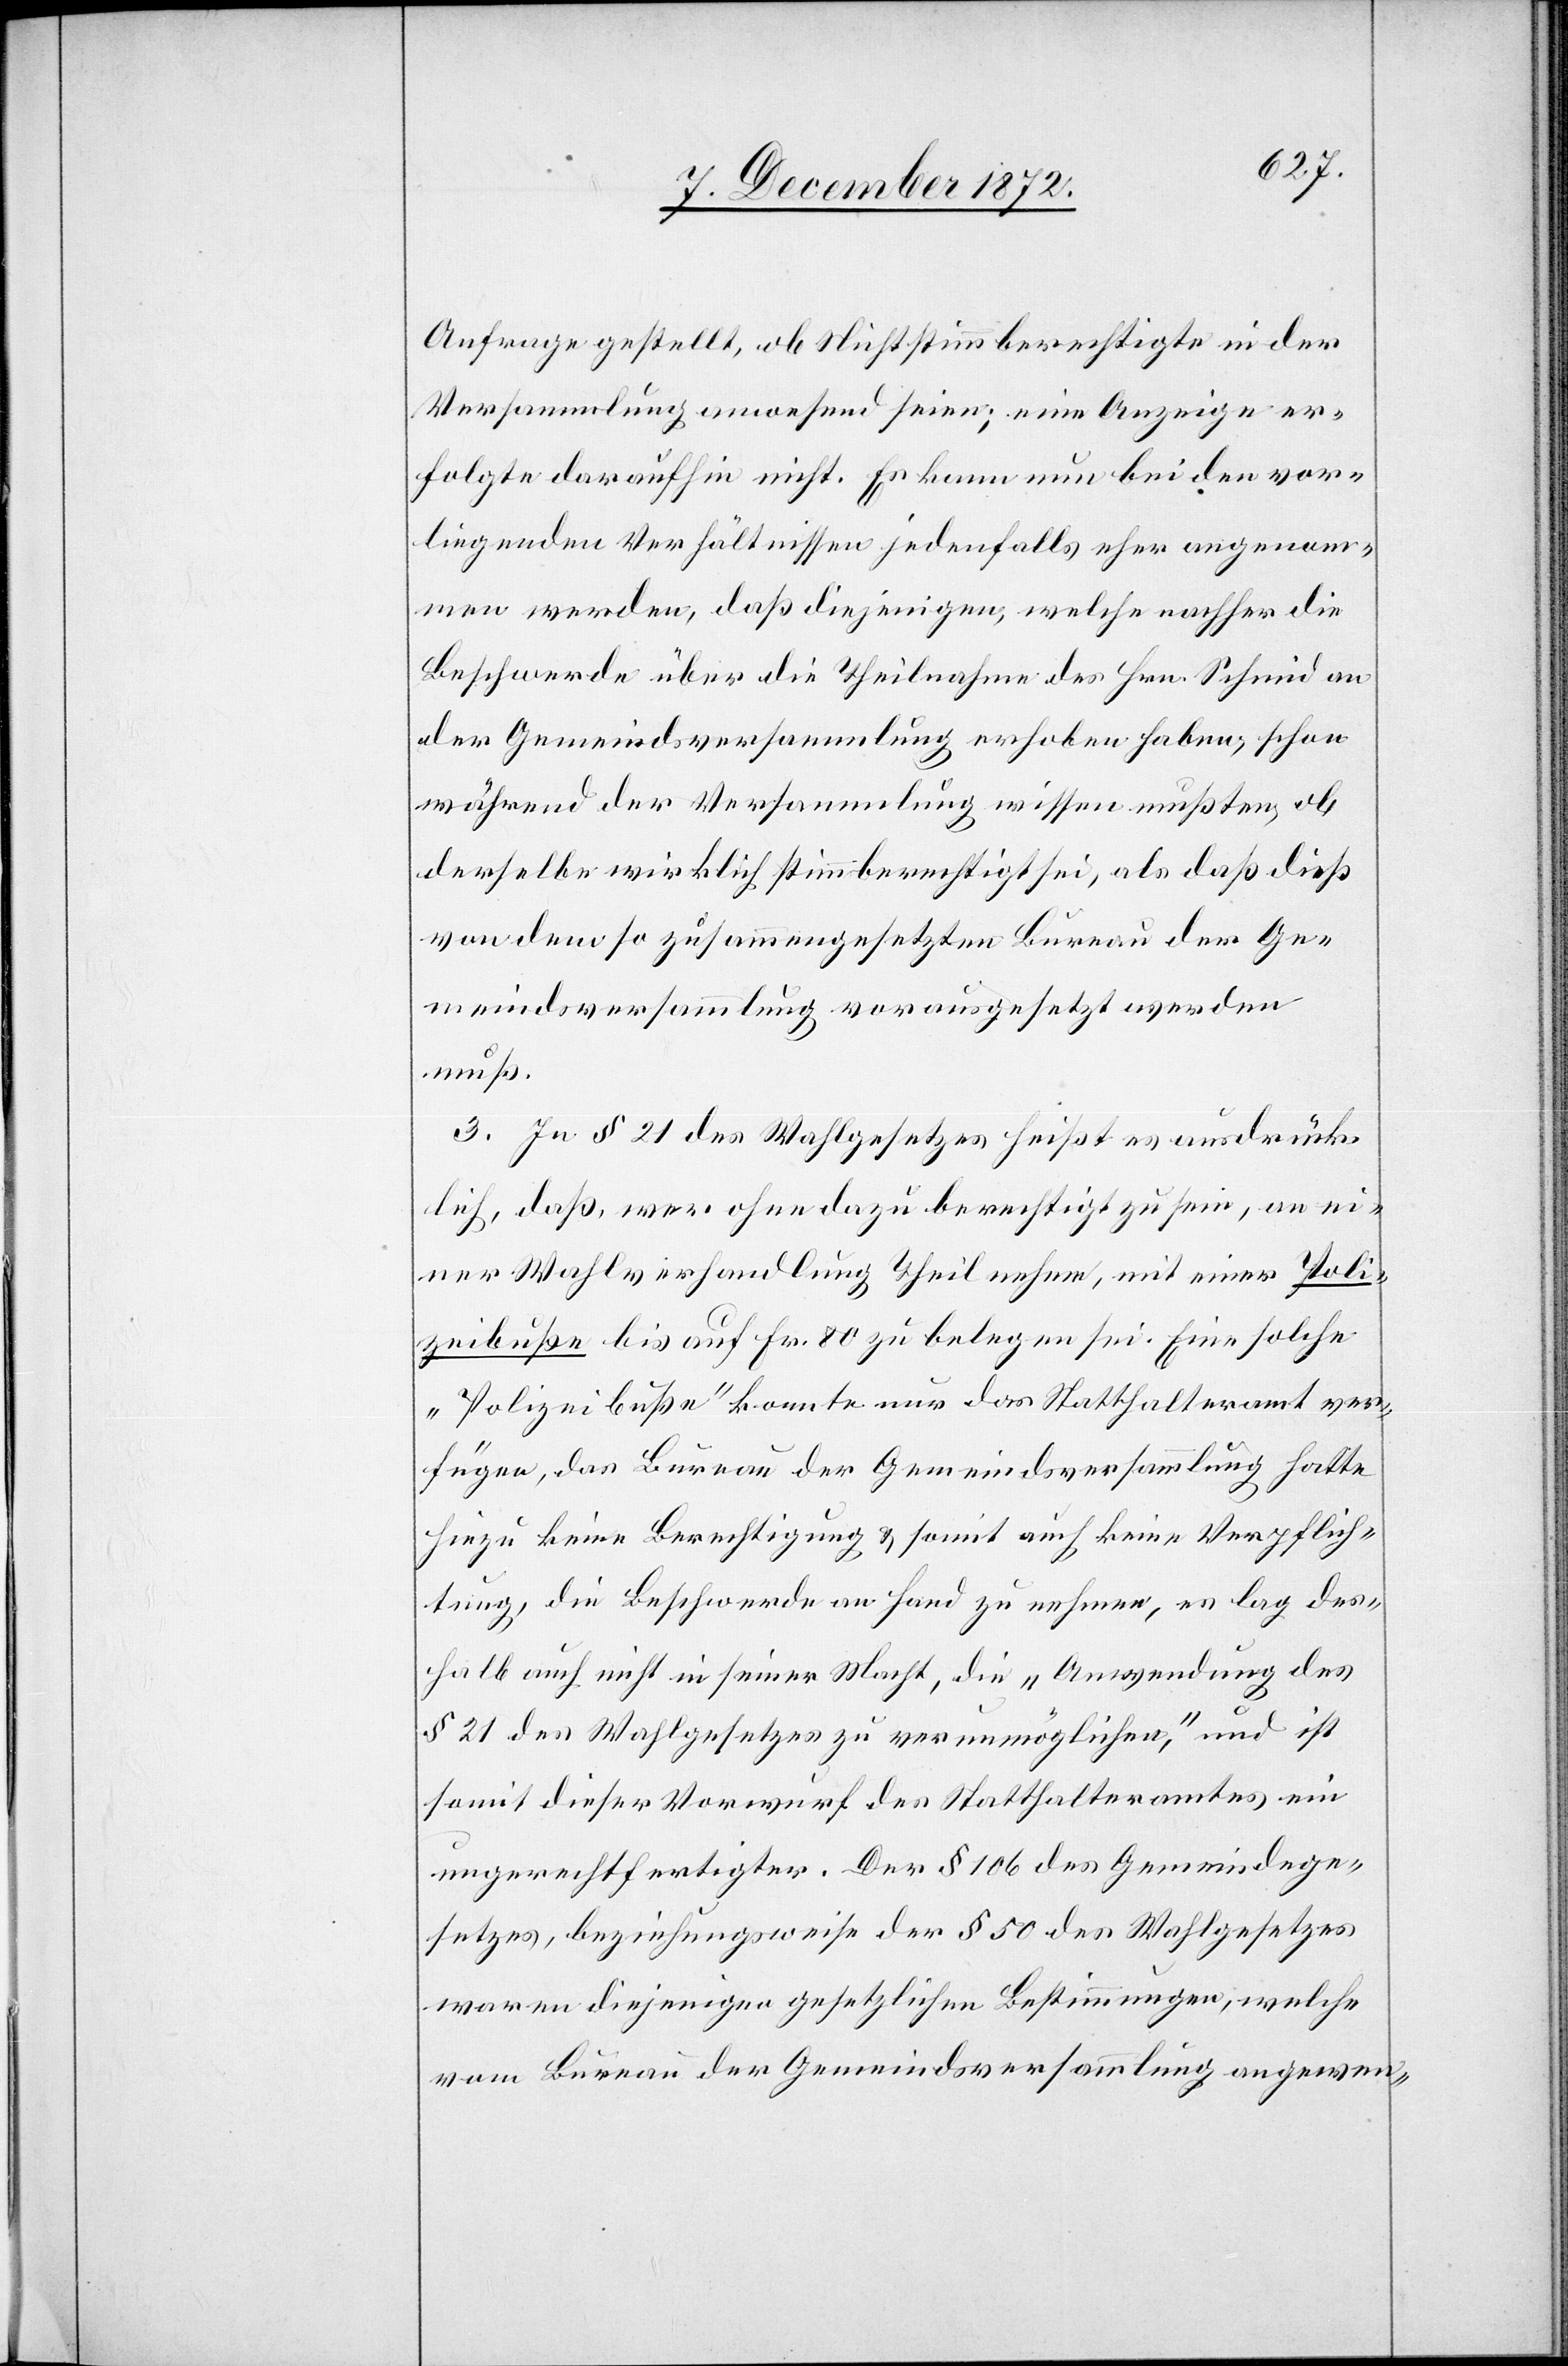
Anfrage gestellt, ob Nichtstimmberechtigte in der
Versammlung anwesend seien; eine Anzeige er¬
folgte daraufhin nicht. Es kann nun bei den vor¬
liegenden Verhältnissen jedenfalls eher angenom¬
men werden, daß diejenigen, welche nachher die
Beschwerde über die Theilnahme des Hrn. Schmid an
der Gemeindsversammlung erhoben haben, schon
während der Versammlung wissen mußten, ob
derselbe wirklich stimmberechtigt sei, als daß dieß
von dem so zusammengesetzten Bureau der Ge¬
meindsversammlung vorausgesetzt werden
muß.
3. In § 21 des Wahlgesetzes heißt es ausdrück¬
lich, daß, wer ohne dazu berechtigt zu sein, an ei¬
ner Wahlverhandlung Theil nehme, mit einer Poli¬
zeibuße bis auf Fr. 80 zu belegen sei. Eine solche
„Polizeibuße“ konnte nur das Statthalteramt ver¬
fügen, das Bureau der Gemeindsversammlung hatte
hiezu keine Berechtigung u. somit auch keine Verpflich¬
tung, die Beschwerde an Hand zu nehmen, es lag des¬
halb auch nicht in seiner Macht, die „Anwendung des
§ 21 des Wahlgesetzes zu verunmöglichen,“ und ist
somit dieser Vorwurf des Statthalteramtes ein
ungerechtfertigter. Der § 106 des Gemeindege¬
setzes, beziehungsweise der § 50 des Wahlgesetzes
waren diejenigen gesetzlichen Bestimmungen, welche
vom Bureau der Gemeindsversammlung angewen-